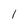
Character: 1